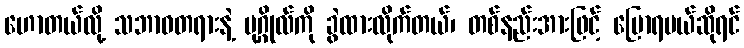
ဟောတယ်လို့ သဘာဝတရားနဲ့ ပုဂ္ဂိုလ်ကို ခွဲထားလိုက်တယ်၊ တစ်နည်းအားဖြင့် ပြောရမယ်ဆိုရင်